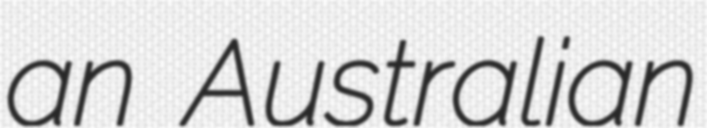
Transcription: an Australian